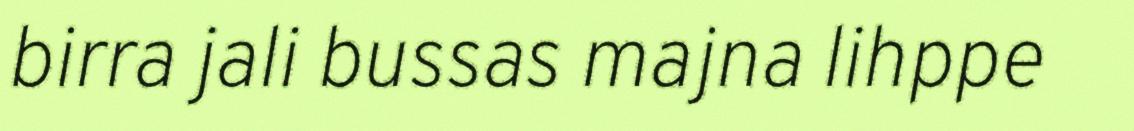
birra jali bussas majna lihppe